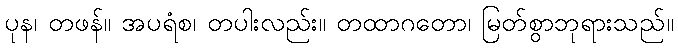
ပုန၊ တဖန်။ အပရံစ၊ တပါးလည်း။ တထာဂတော၊ မြတ်စွာဘုရားသည်။